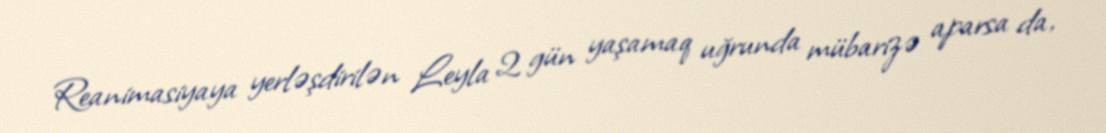
Reanimasiyaya yerləşdirilən Leyla 2 gün yaşamaq uğrunda mübarizə aparsa da,